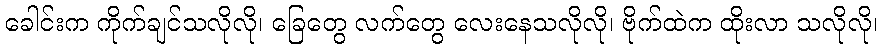
ခေါင်းက ကိုက်ချင်သလိုလို၊ ခြေတွေ လက်တွေ လေးနေသလိုလို၊ ဗိုက်ထဲက ထိုးလာ သလိုလို၊